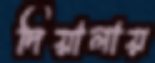
দিয়ালায়